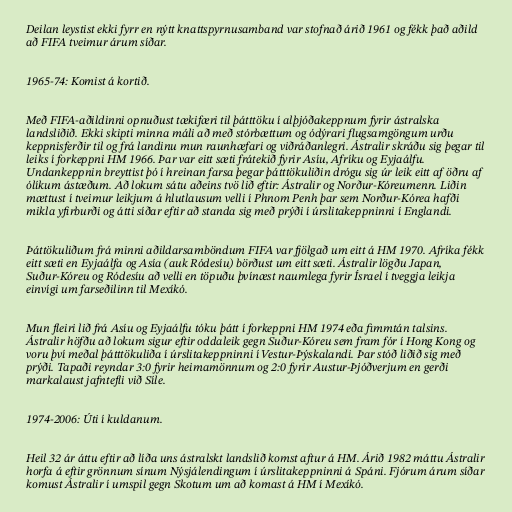
Deilan leystist ekki fyrr en nýtt knattspyrnusamband var stofnað árið 1961 og fékk það aðild
að FIFA tveimur árum síðar.

1965-74: Komist á kortið.

Með FIFA-aðildinni opnuðust tækifæri til þátttöku í alþjóðakeppnum fyrir ástralska
landsliðið. Ekki skipti minna máli að með stórbættum og ódýrari flugsamgöngum urðu
keppnisferðir til og frá landinu mun raunhæfari og viðráðanlegri. Ástralir skráðu sig þegar til
leiks í forkeppni HM 1966. Þar var eitt sæti frátekið fyrir Asíu, Afríku og Eyjaálfu.
Undankeppnin breyttist þó í hreinan farsa þegar þátttökuliðin drógu sig úr leik eitt af öðru af
ólíkum ástæðum. Að lokum sátu aðeins tvö lið eftir: Ástralir og Norður-Kóreumenn. Liðin
mættust í tveimur leikjum á hlutlausum velli í Phnom Penh þar sem Norður-Kórea hafði
mikla yfirburði og átti síðar eftir að standa sig með prýði í úrslitakeppninni í Englandi.

Þáttökuliðum frá minni aðildarsamböndum FIFA var fjölgað um eitt á HM 1970. Afríka fékk
eitt sæti en Eyjaálfa og Asía (auk Ródesíu) börðust um eitt sæti. Ástralir lögðu Japan,
Suður-Kóreu og Ródesíu að velli en töpuðu þvínæst naumlega fyrir Ísrael í tveggja leikja
einvígi um farseðilinn til Mexíkó.

Mun fleiri lið frá Asíu og Eyjaálfu tóku þátt í forkeppni HM 1974 eða fimmtán talsins.
Ástralir höfðu að lokum sigur eftir oddaleik gegn Suður-Kóreu sem fram fór í Hong Kong og
voru því meðal þátttökuliða í úrslitakeppninni í Vestur-Þýskalandi. Þar stóð liðið sig með
prýði. Tapaði reyndar 3:0 fyrir heimamönnum og 2:0 fyrir Austur-Þjóðverjum en gerði
markalaust jafntefli við Síle.

1974-2006: Úti í kuldanum.

Heil 32 ár áttu eftir að líða uns ástralskt landslið komst aftur á HM. Árið 1982 máttu Ástralir
horfa á eftir grönnum sínum Nýsjálendingum í úrslitakeppninni á Spáni. Fjórum árum síðar
komust Ástralir í umspil gegn Skotum um að komast á HM í Mexíkó.